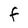
Character: F